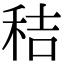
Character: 秸